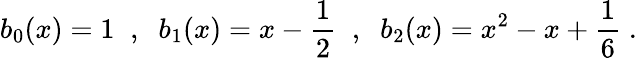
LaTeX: b_{0}(x)=1\; \; ,\; \; b_{1}(x)=x-\frac{1}{2}\; \; ,\; \; b_{2}(x)=x^{2}-x+\frac{1}{6}\; .